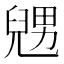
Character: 𠒰